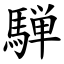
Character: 騨